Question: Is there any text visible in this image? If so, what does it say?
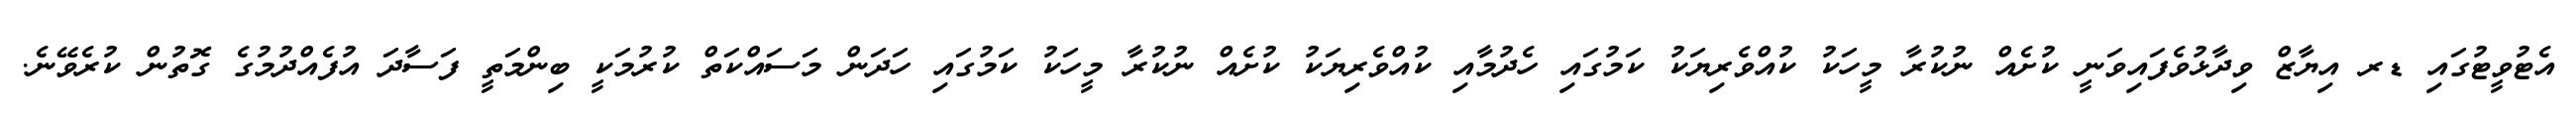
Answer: އެޓުވީޓުގައި ޑރ އިޔާޒް ވިދާޅުވެފައިވަނީ ކުށެއް ނުކުރާ މީހަކު ކުއްވެރިޔަކު ކަމުގައި ހެދުމާއި ކުއްވެރިޔަކު ކުށެއް ނުކުރާ މީހަކު ކަމުގައި ހަދަން މަސައްކަތް ކުރުމަކީ ބިންމަތީ ފަސާދަ އުފެއްދުމުގެ ގޮތުން ކުރެވޭނެ.